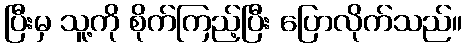
ပြီးမှ သူ့ကို စိုက်ကြည့်ပြီး ပြောလိုက်သည်။